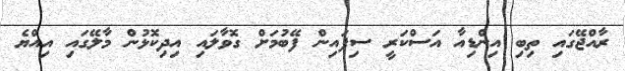
ރާއްޖޭގައި ތިބި އިންޑިއާ އަސްކަރީ ސިފައިން ފޭބުމަށް ގޮވާލައި އިދިކޮޅުން މާލޭގައި އިއްޔެ